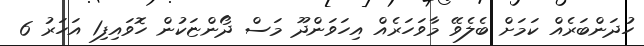
ހުދަންބަރެއް ކަމަށް ބެލެވޭ މާވަހަރެއް އިހަވަންދޫ މަސް ދޯންޏަކުން ހޮވައިފި1 އަހަރު 6